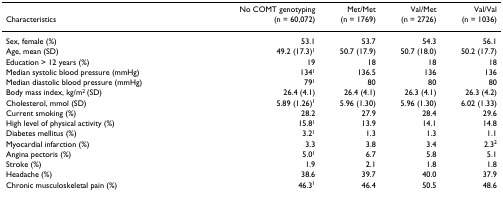
<table><thead><tr><td></td><td><b>No COMT genotyping </b></td><td><b>Met/Met </b></td><td><b>Val/Met</b></td><td><b>Val/Val</b></td></tr><tr><td><b>Characteristics</b></td><td><b>(n = 60,072)</b></td><td><b>(n = 1769)</b></td><td><b>(n = 2726)</b></td><td><b>(n = 1036)</b></td></tr></thead><tbody><tr><td>Sex, female (%)</td><td>53.1</td><td>53.7</td><td>54.3</td><td>56.1</td></tr><tr><td>Age, mean (SD)</td><td>49.2 (17.3)<sup>1</sup></td><td>50.7 (17.9)</td><td>50.7 (18.0)</td><td>50.2 (17.7)</td></tr><tr><td>Education &gt; 12 years (%)</td><td>19</td><td>18</td><td>18</td><td>18</td></tr><tr><td>Median systolic blood pressure (mmHg)</td><td>134<sup>1</sup></td><td>136.5</td><td>136</td><td>136</td></tr><tr><td>Median diastolic blood pressure (mmHg)</td><td>79<sup>1</sup></td><td>80</td><td>80</td><td>80</td></tr><tr><td>Body mass index, kg/m<sup>2 </sup>(SD)</td><td>26.4 (4.1)</td><td>26.4 (4.1)</td><td>26.3 (4.1)</td><td>26.3 (4.2)</td></tr><tr><td>Cholesterol, mmol (SD)</td><td>5.89 (1.26)<sup>1</sup></td><td>5.96 (1.30)</td><td>5.96 (1.30)</td><td>6.02 (1.33)</td></tr><tr><td>Current smoking (%)</td><td>28.2</td><td>27.9</td><td>28.4</td><td>29.6</td></tr><tr><td>High level of physical activity (%)</td><td>15.8<sup>1</sup></td><td>13.9</td><td>14.1</td><td>14.8</td></tr><tr><td>Diabetes mellitus (%)</td><td>3.2<sup>1</sup></td><td>1.3</td><td>1.3</td><td>1.1</td></tr><tr><td>Myocardial infarction (%)</td><td>3.3</td><td>3.8</td><td>3.4</td><td>2.3<sup>2</sup></td></tr><tr><td>Angina pectoris (%)</td><td>5.0<sup>1</sup></td><td>6.7</td><td>5.8</td><td>5.1</td></tr><tr><td>Stroke (%)</td><td>1.9</td><td>2.1</td><td>1.8</td><td>1.8</td></tr><tr><td>Headache (%)</td><td>38.6</td><td>39.7</td><td>40.0</td><td>37.9</td></tr><tr><td>Chronic musculoskeletal pain (%)</td><td>46.3<sup>1</sup></td><td>46.4</td><td>50.5</td><td>48.6</td></tr></tbody></table>